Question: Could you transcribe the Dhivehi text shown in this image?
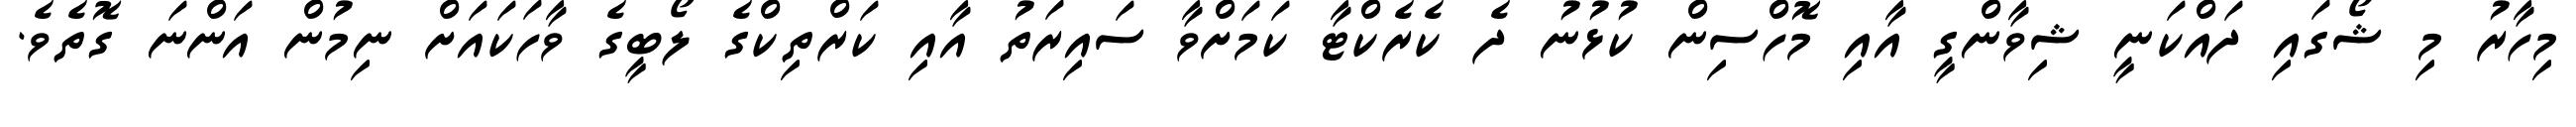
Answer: މިހާރު މި ޝޯގައި ދައްކަނީ ޝިވާންގީ އާއި މޮހްސިން ކުޅުނު ދެ ކެރެކްޓާ ކަމަށްވާ ސައިރަތު އާއި ކަރްތިކްގެ ލޯބީގެ ވާހަކައަށް ނިމުން އަންނަ ގޮތެވެ.